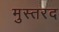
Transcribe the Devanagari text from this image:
मुस्तरद